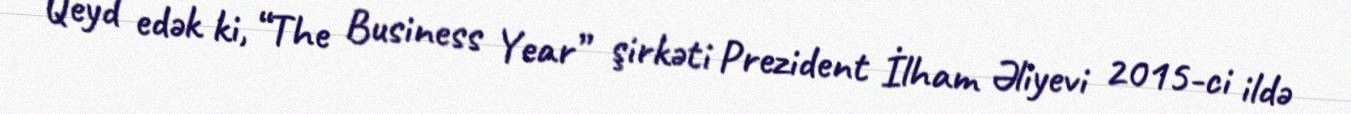
Qeyd edək ki, “The Business Year” şirkəti Prezident İlham Əliyevi 2015-ci ildə